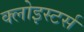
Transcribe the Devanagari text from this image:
क्लोइस्टर्स